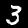
Digit: 3